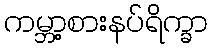
ကမ္ဘာ့စားနပ်ရိက္ခာ